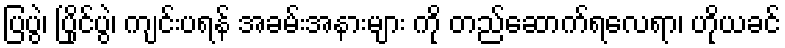
ပြပွဲ၊ ပြိုင်ပွဲ၊ ကျင်းပရန် အခမ်းအနားများ ကို တည်ဆောက်ရလေရာ၊ ဟိုယခင်